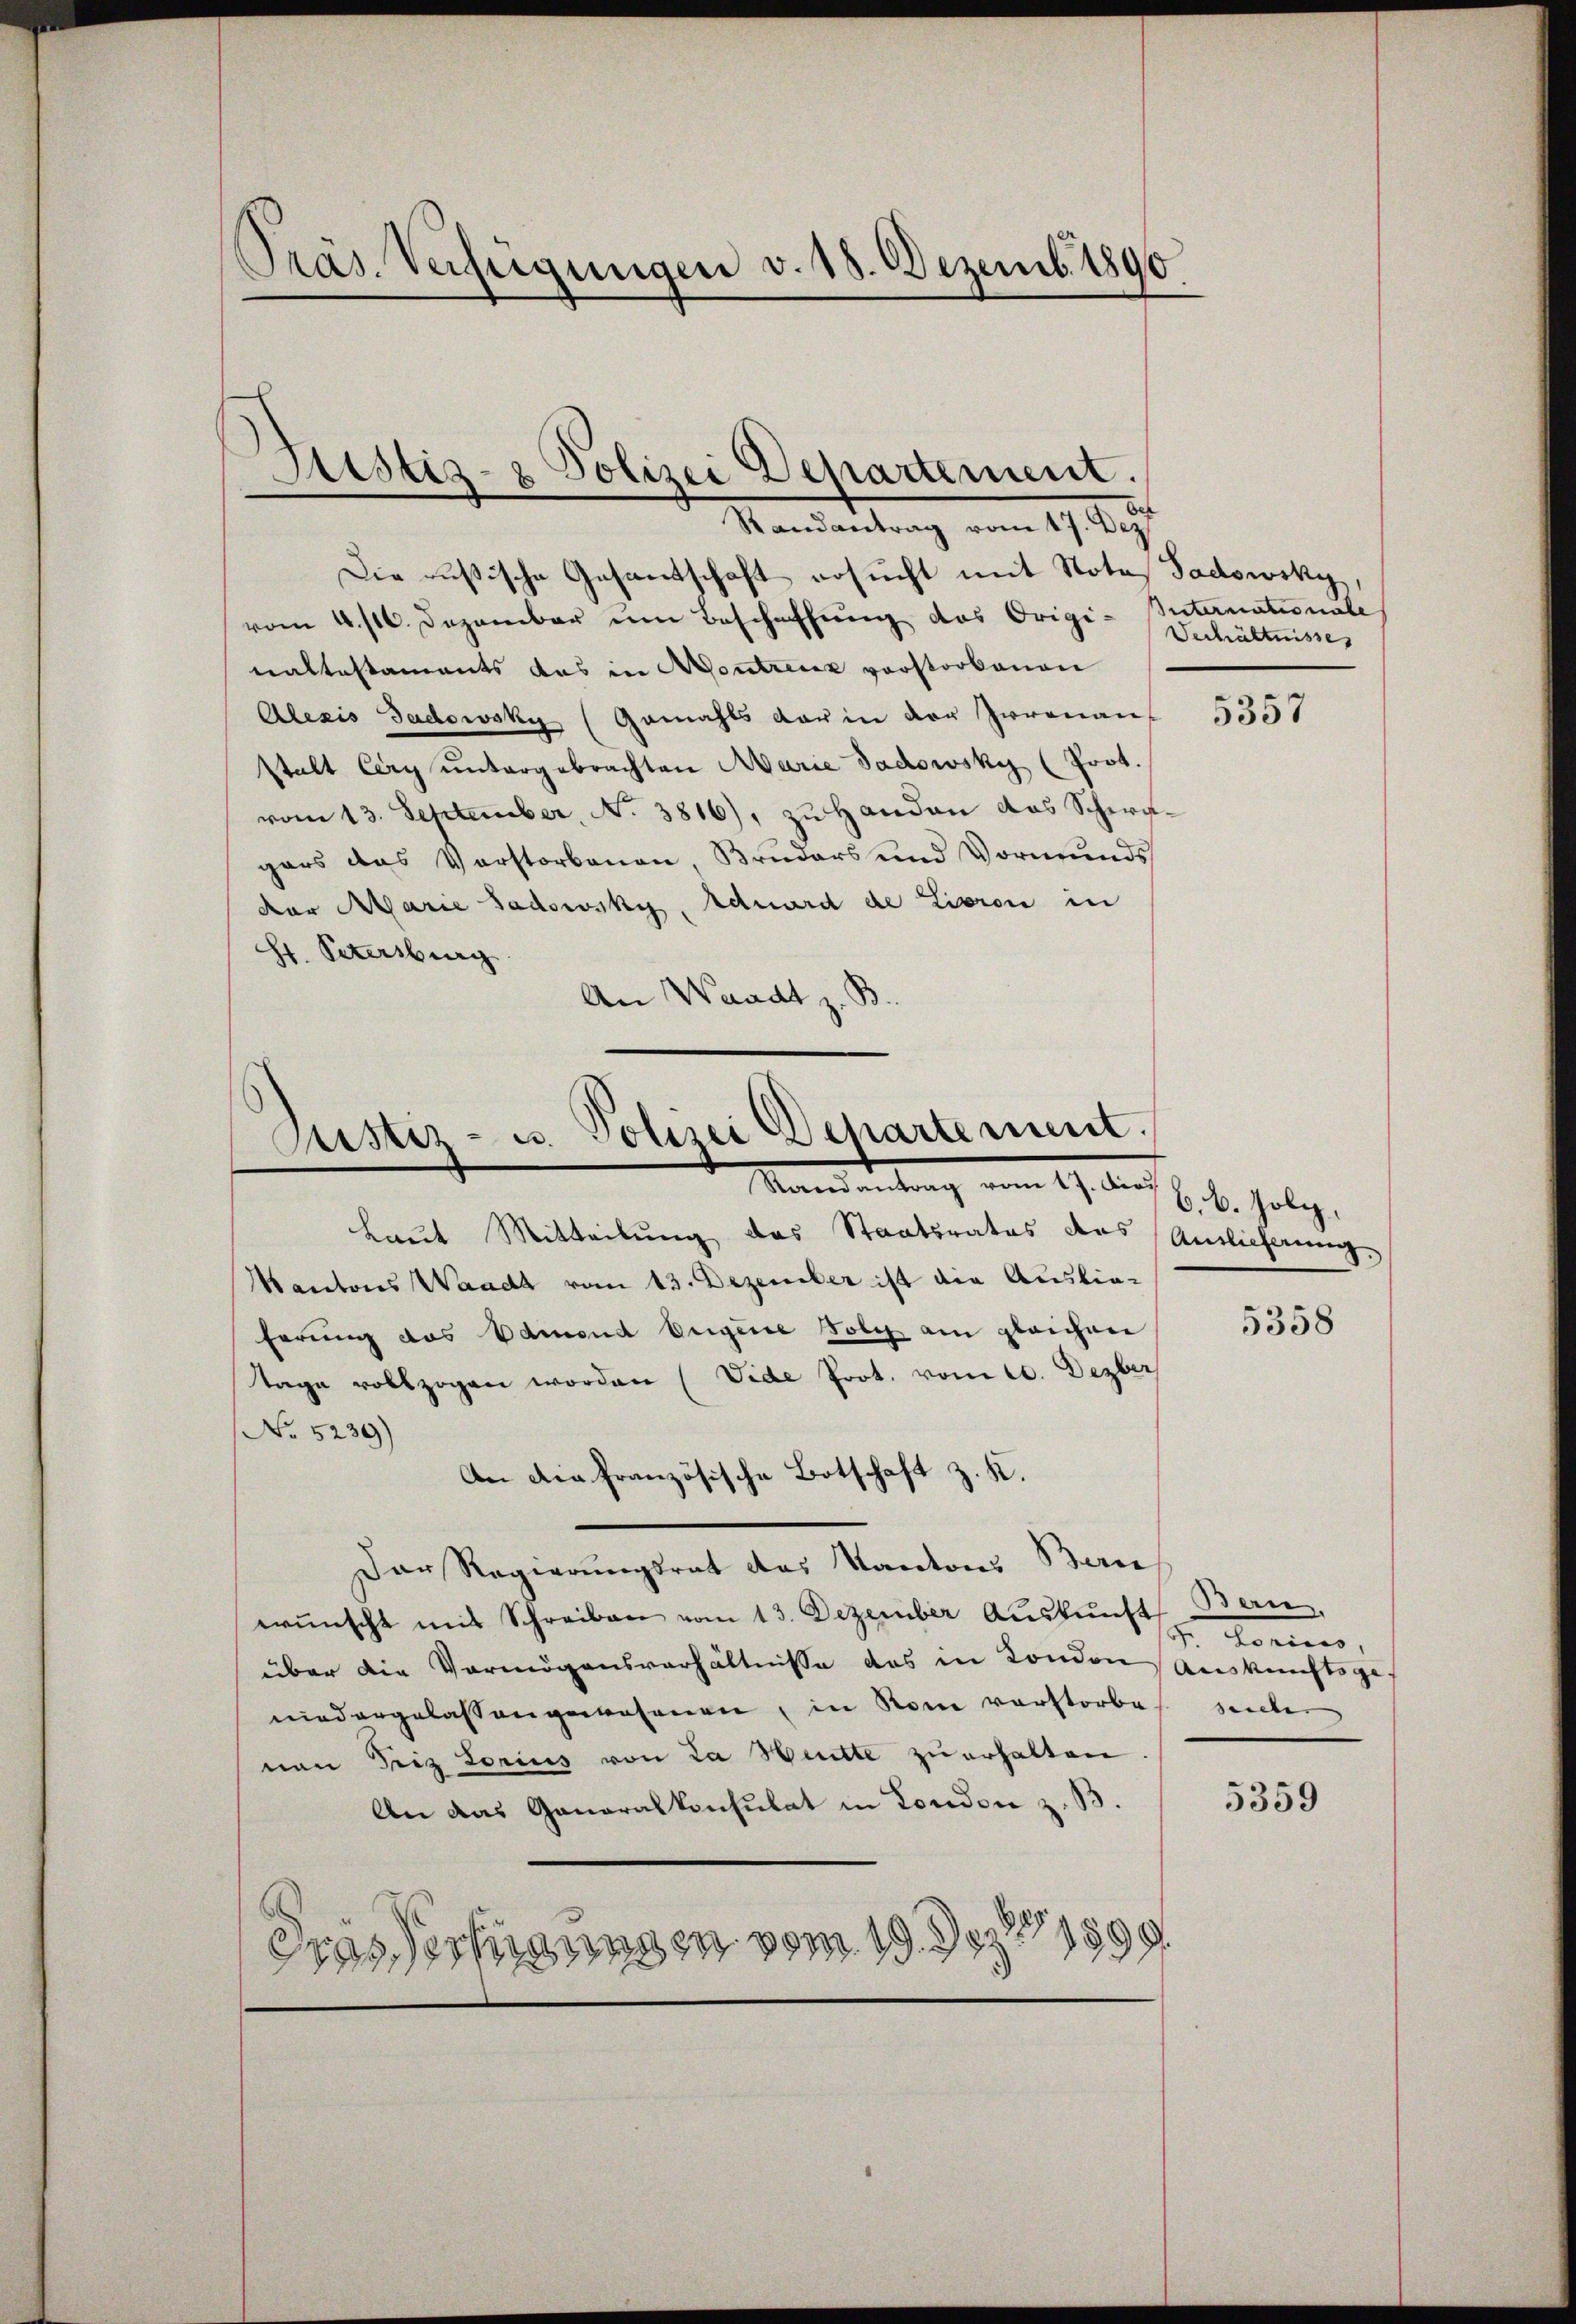
Präs. Verfügungen v. 18. Dezemb. 1890

Sistiz- & Polizei Departement.
Randantrag vom 17. Dez.

Die rusische Gesantschaft ersucht mit Notes Gadowsky,
vom 4. 116. Dezember um Beschaffung des Origi-Intermationale
ealtestaments das in Montrenz vorstorbenen
Alezis Gadowsky (Gemahls dar in der Irrenan
stalt Cery untergebrachten Marie Jadowsky (Poot.
vom 13. September, No 3816), zŭ Handen das Schwagers das Vorstorbenen, Bruders und Vormunds
der Marie Sadowsky, Eduard de Lieron in
Hr. Petersburg
An Waadt z. B.

Justiz- u. Polizei Departement.
Randantrag vom 17. des

Laut Mitteilung des Staatsrates das Auslieferung
Kantons Waadt vom 13. Dezember ist die Auslie-
ferung das Samend Eigene Folg am gleichen
tage vollzogen worden (Vide Prot. vom 20. Dezber
No 5239)
An die französische Botschaft z. K.
Der Regierungsrat das Kantons Bern,
wünscht mit Schreiben vom 13. Dezember Aŭskŭnft an,
über die Vermögensverhältnisse des in London Auskunftsge
niedergelassengewesenen, in Rom vorstorbe
nen Friz Lorius von La Bitte zŭ erhalten.
An das Generalkonsulat in London z. B.
Grossechnungen vom 19. Dez. 1899.

Verhältnisses

5357

6.B. folg,

5358

domes,
seicher |

5359